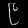
Digit: ၉